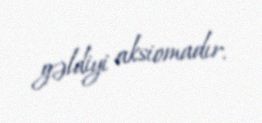
gəldiyi aksiomadır.